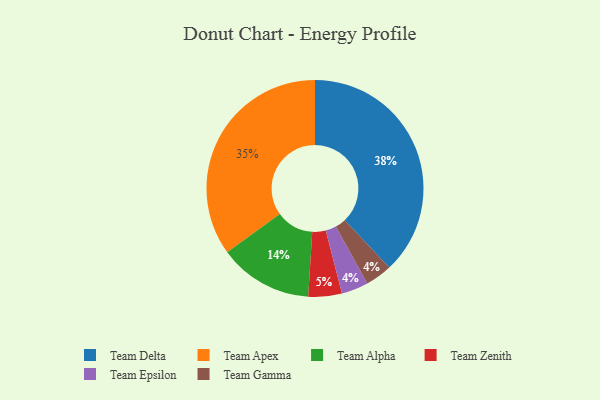
{"axis": {"x": "Category", "y": "Percentage"}, "legend": ["Team Alpha", "Team Apex", "Team Delta", "Team Epsilon", "Team Gamma", "Team Zenith"], "data": [{"x": "Team Epsilon", "y": 4, "type": "Team Epsilon"}, {"x": "Team Alpha", "y": 14, "type": "Team Alpha"}, {"x": "Team Gamma", "y": 4, "type": "Team Gamma"}, {"x": "Team Zenith", "y": 5, "type": "Team Zenith"}, {"x": "Team Apex", "y": 35, "type": "Team Apex"}, {"x": "Team Delta", "y": 38, "type": "Team Delta"}]}